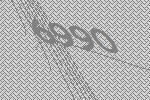
6990